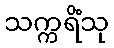
သက္ကရိံသု